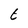
Character: t